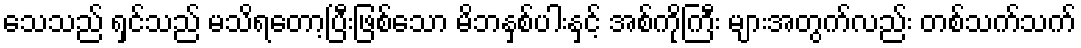
သေသည် ရှင်သည် မသိရတော့ပြီးဖြစ်သော မိဘနှစ်ပါးနှင့် အစ်ကိုကြီး များအတွက်လည်း တစ်သက်သက်